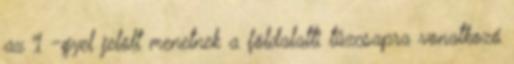
az 1 -gyel jelölt menetnek a földalatti tûzcsapra vonatkozó